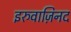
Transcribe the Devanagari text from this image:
इरुवाज़िनद